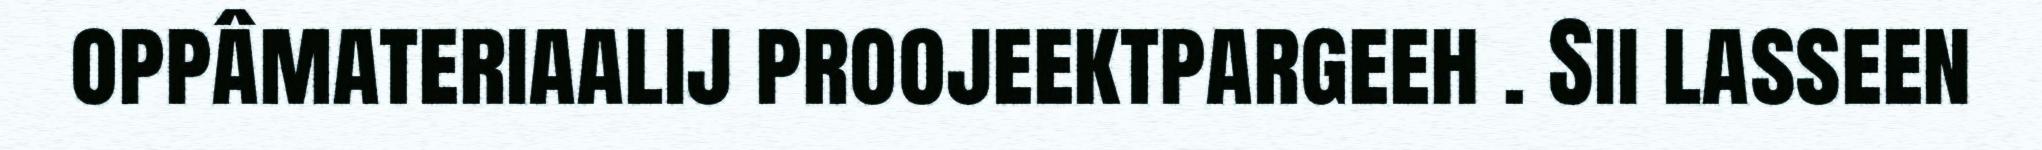
oppâmateriaalij proojeektpargeeh . Sii lasseen